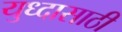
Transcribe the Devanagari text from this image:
युध्दासाठी